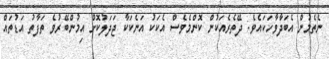
ނެތެމުން އެބަދާވާހަކައެވެ. ދޭތެރެއަކުން ކޮންމެވެސް އެކަކު އަނެކަކާ ޖަދަލުކޮށް އިމުންބޭރުވެ ތަފާތު އަޑުތައް